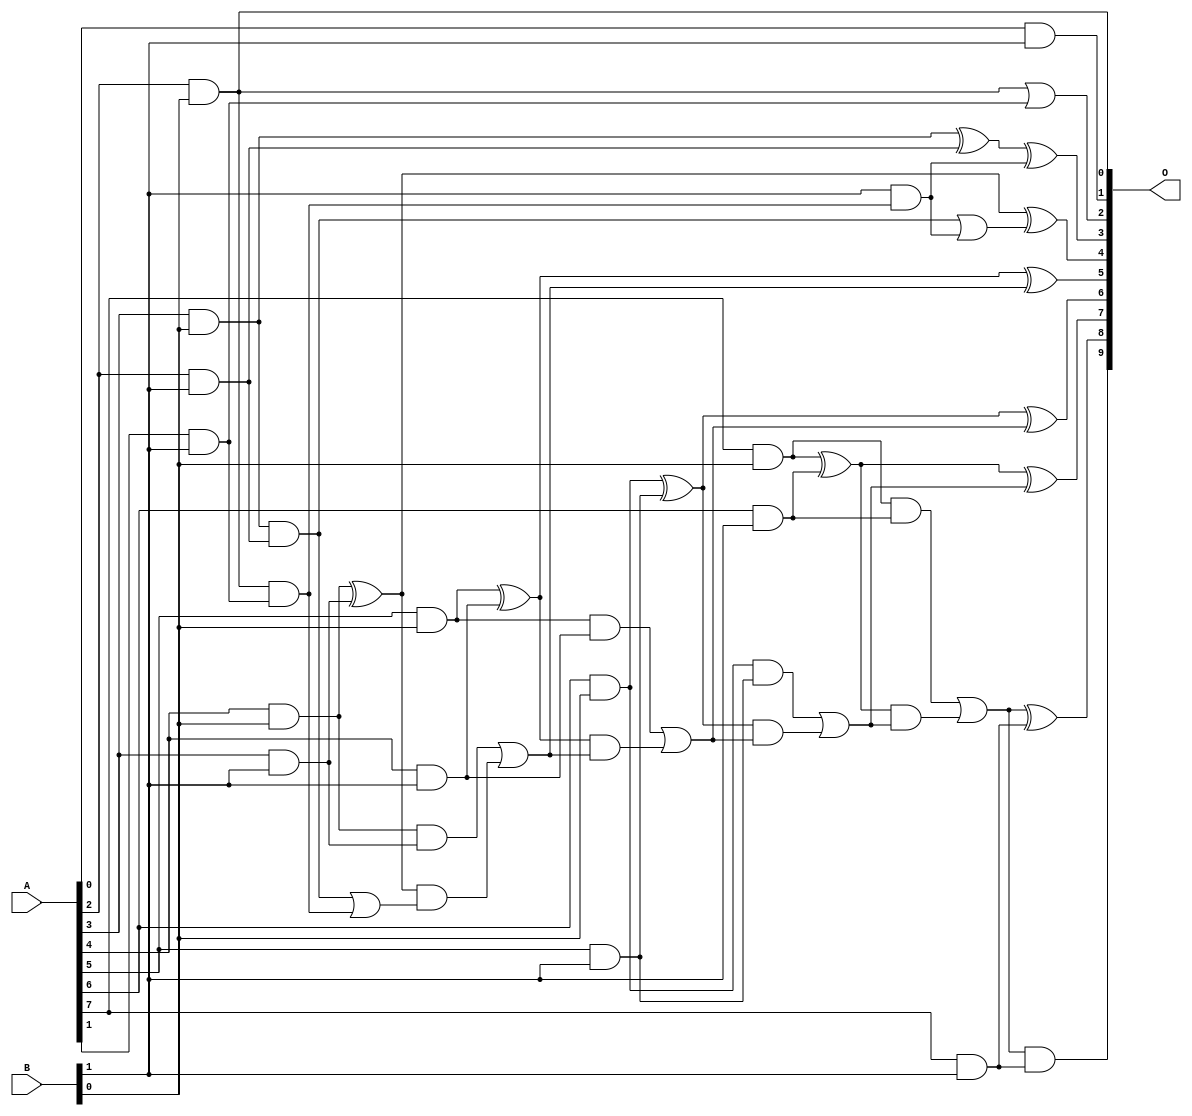
/***
* This code is a part of EvoApproxLib library (ehw.fit.vutbr.cz/approxlib) distributed under The MIT License.
* When used, please cite the following article(s): V. Mrazek, L. Sekanina, Z. Vasicek "Libraries of Approximate Circuits: Automated Design and Application in CNN Accelerators" IEEE Journal on Emerging and Selected Topics in Circuits and Systems, Vol 10, No 4, 2020 
* This file contains a circuit from a sub-set of pareto optimal circuits with respect to the pwr and wce parameters
***/
// MAE% = 0.067 %
// MAE = 0.69 
// WCE% = 0.29 %
// WCE = 3.0 
// WCRE% = 100.00 %
// EP% = 37.50 %
// MRE% = 1.45 %
// MSE = 1.5 
// PDK45_PWR = 0.027 mW
// PDK45_AREA = 100.4 um2
// PDK45_DELAY = 0.59 ns

module mul8x2u_0S7 (
    A,
    B,
    O
);

input [7:0] A;
input [1:0] B;
output [9:0] O;

wire sig_10,sig_12,sig_13,sig_14,sig_15,sig_16,sig_17,sig_19,sig_20,sig_21,sig_22,sig_23,sig_24,sig_25,sig_26,sig_29,sig_32,sig_33,sig_34,sig_35;
wire sig_36,sig_37,sig_38,sig_39,sig_40,sig_41,sig_42,sig_43,sig_44,sig_45,sig_46,sig_47,sig_48,sig_49,sig_50,sig_51,sig_52,sig_53,sig_54,sig_55;
wire sig_56,sig_57,sig_58,sig_59;

assign sig_10 = A[0] & B[1];
assign sig_12 = A[2] & B[0];
assign sig_13 = A[3] & B[0];
assign sig_14 = A[4] & B[0];
assign sig_15 = A[5] & B[0];
assign sig_16 = A[6] & B[0];
assign sig_17 = A[7] & B[0];
assign sig_19 = A[1] & B[1];
assign sig_20 = A[2] & B[1];
assign sig_21 = A[3] & B[1];
assign sig_22 = A[4] & B[1];
assign sig_23 = A[5] & B[1];
assign sig_24 = A[6] & B[1];
assign sig_25 = A[7] & B[1];
assign sig_26 = sig_12 | sig_19;
assign sig_29 = sig_12 & sig_19;
assign sig_32 = B[1] & sig_29;
assign sig_33 = sig_13 ^ sig_20;
assign sig_34 = sig_13 & sig_20;
assign sig_35 = sig_34 | sig_32;
assign sig_36 = sig_33 ^ sig_32;
assign sig_37 = sig_34 | sig_29;
assign sig_38 = sig_14 ^ sig_21;
assign sig_39 = sig_14 & sig_21;
assign sig_40 = sig_38 & sig_37;
assign sig_41 = sig_38 ^ sig_35;
assign sig_42 = sig_39 | sig_40;
assign sig_43 = sig_15 ^ sig_22;
assign sig_44 = sig_15 & sig_22;
assign sig_45 = sig_43 & sig_42;
assign sig_46 = sig_43 ^ sig_42;
assign sig_47 = sig_44 | sig_45;
assign sig_48 = sig_16 ^ sig_23;
assign sig_49 = sig_16 & sig_23;
assign sig_50 = sig_48 & sig_47;
assign sig_51 = sig_48 ^ sig_47;
assign sig_52 = sig_49 | sig_50;
assign sig_53 = sig_17 ^ sig_24;
assign sig_54 = sig_17 & sig_24;
assign sig_55 = sig_53 & sig_52;
assign sig_56 = sig_53 ^ sig_52;
assign sig_57 = sig_54 | sig_55;
assign sig_58 = sig_57 & sig_25;
assign sig_59 = sig_57 ^ sig_25;

assign O[9] = sig_58;
assign O[8] = sig_59;
assign O[7] = sig_56;
assign O[6] = sig_51;
assign O[5] = sig_46;
assign O[4] = sig_41;
assign O[3] = sig_36;
assign O[2] = sig_26;
assign O[1] = sig_10;
assign O[0] = sig_12;

endmodule